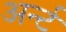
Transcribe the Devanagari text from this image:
अर्न्ट